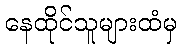
နေထိုင်သူများထံမှ